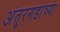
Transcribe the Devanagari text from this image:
अंतुरगडाच्या